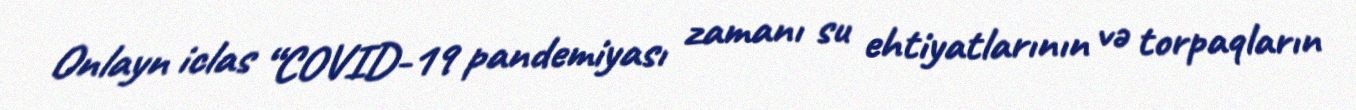
Onlayn iclas “COVID-19 pandemiyası zamanı su ehtiyatlarının və torpaqların